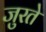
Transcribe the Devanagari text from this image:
जुरते